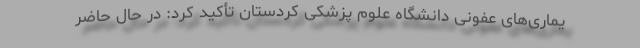
یماری‌های عفونی دانشگاه علوم پزشکی کردستان تأکید کرد: در حال حاضر